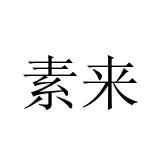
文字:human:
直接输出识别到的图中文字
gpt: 素来